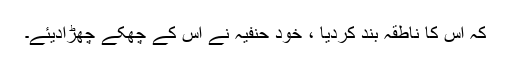
کہ اس کا ناطقہ بند کردیا ، خود حنفیہ نے اس کے چھکے چھڑادیئے۔